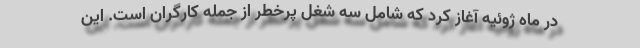
در ماه ژوئیه آغاز کرد که شامل سه شغل پرخطر از جمله کارگران است. این